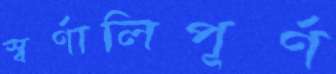
স্বর্ণালিপূর্ণ